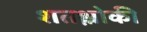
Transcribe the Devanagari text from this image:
शतश्लोकी